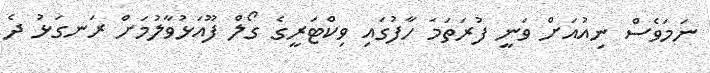
ނަަމަވެސް ނިއުއަށް ވަނީ ފުރަތަމަ ހާފުގައި ވިކްޓަރީގެ ގޯލް ފޫއަޅުވާލުމަށް ރަނގަޅު ދެ